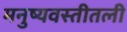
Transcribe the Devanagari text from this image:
मनुष्यवस्तीतली